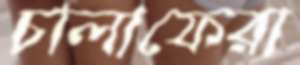
চালাফেরা